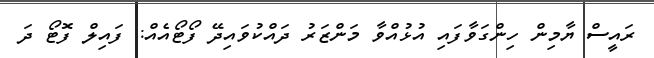
ރައީސް ޔާމިން ހިންގަވާފައި އުޅުއްވާ މަންޒަރު ދައްކުވައިދޭ ފޯޓޯއެއް: ފައިލް ފޮޓޯ ދަ